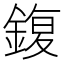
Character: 鍑